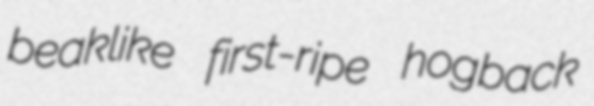
beaklike first-ripe hogback